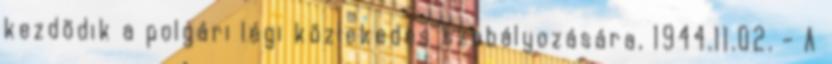
kezdõdik a polgári légi közlekedés szabályozására, 1944.11.02. - A